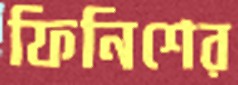
ফিনিশের